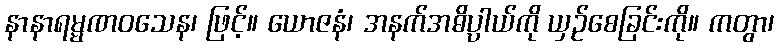
နာနာရမ္မဏဝသေန၊ ဖြင့်။ ယောဇနံ၊ အနက်အဓိပ္ပာယ်ကို ယှဉ်စေခြင်းကို။ ကတွာ၊